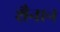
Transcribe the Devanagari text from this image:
शैनान